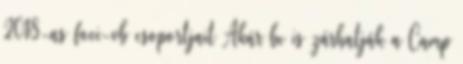
2018-as foci-vb csoportjait Akár be is zárhatják a Camp